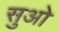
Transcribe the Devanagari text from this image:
सुओ